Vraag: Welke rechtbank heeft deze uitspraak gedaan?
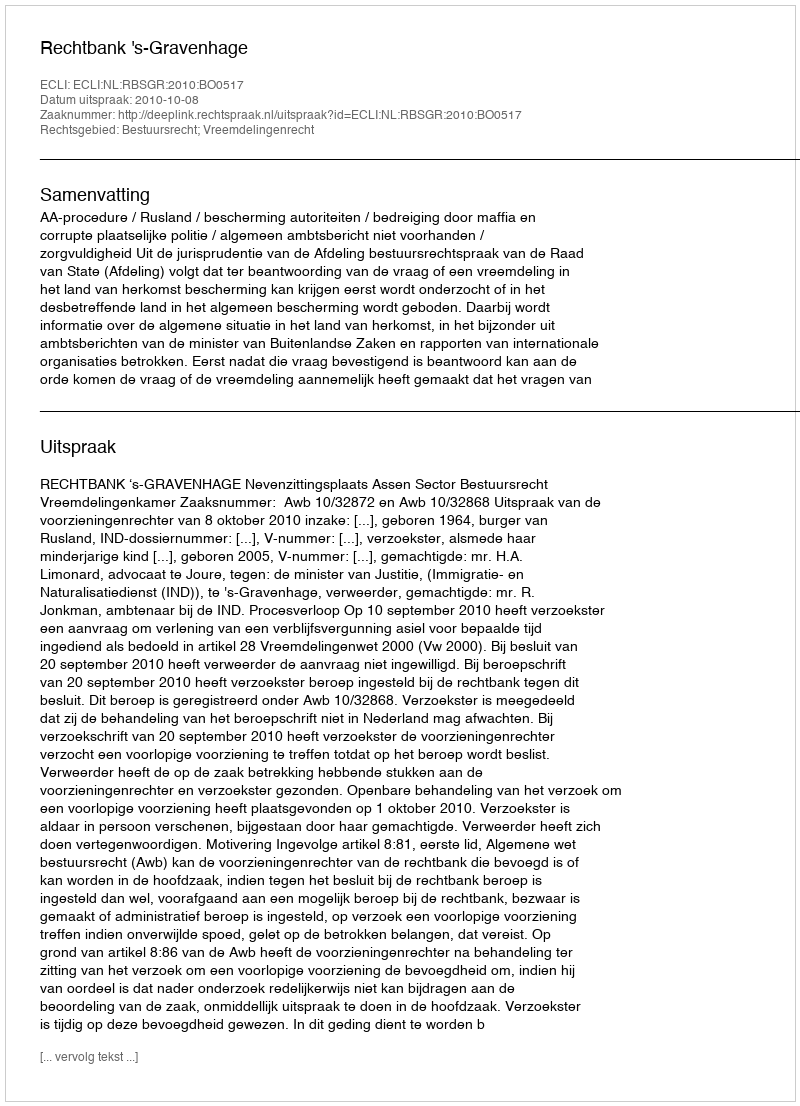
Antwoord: Rechtbank 's-Gravenhage